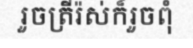
រួចត្រីរ៉ស់ក៏រួចពុំ